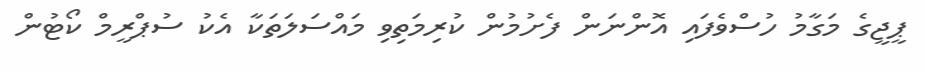
ޕީޖީގެ މަގާމު ހުސްވެފައި އޮންނަން ފެށުމުން ކުރިމަތިވި މައްސަލަތަކާ އެކު ސުޕްރީމް ކޯޓުން